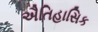
ઐતિહાસિક